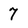
Character: 7